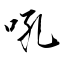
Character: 吼